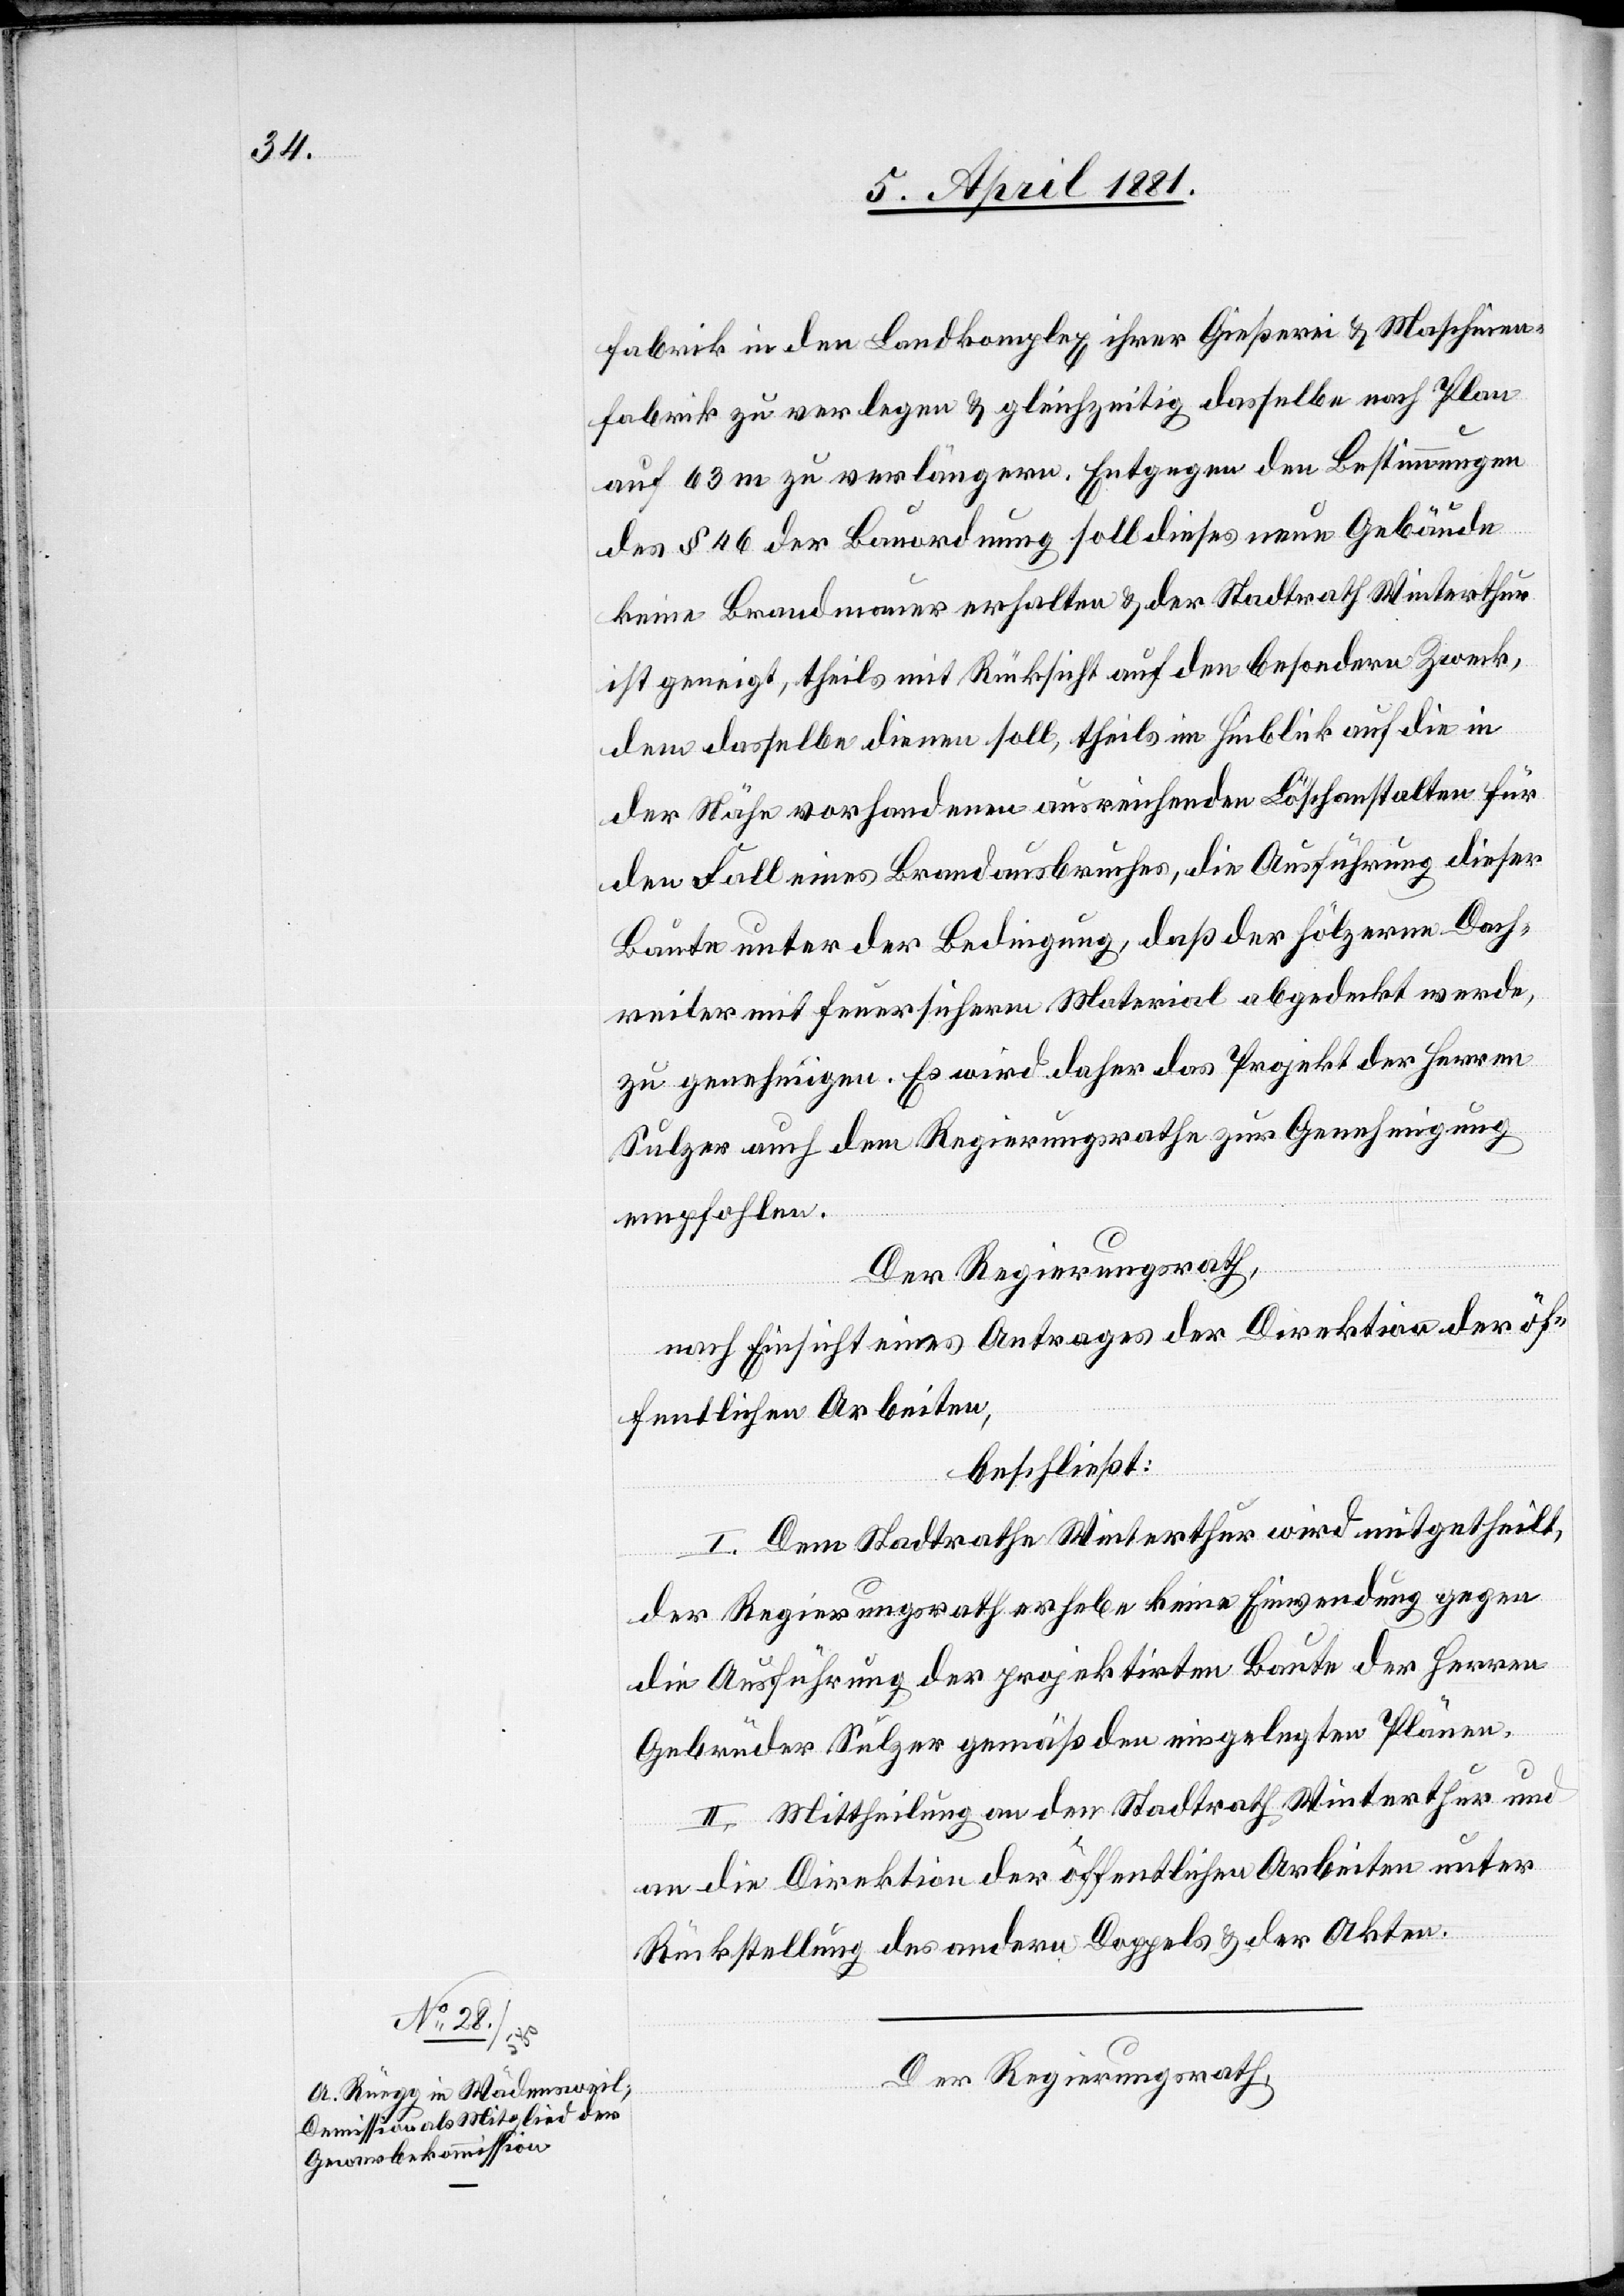
fabrik in den Landkomplex ihrer Gießerei & Maschinen¬
fabrik zu verlegen & gleichzeitig dasselbe nach Plan
auf 63 m zu verlängern. Entgegen den Bestimmungen
des § 46 der Bauordnung soll dieses neue Gebäude
keine Brandmauer erhalten & der Stadtrath Winterthur
ist geneigt, theils mit Rücksicht auf den besondern Zweck,
dem dasselbe dienen soll, theils im Hinblick auf die in
der Nähe vorhandenen ausreichenden Löschanstalten für
den Fall eines Brandausbruches, die Ausführung dieser
Baute unter der Bedingung, daß der hölzerne Dach¬
reiter mit feuersicherm Material abgedeckt werde,
zu genehmigen. Es wird daher das Projekt der Herren
Sulzer auch dem Regierungsrathe zur Genehmigung
empfohlen.
Der Regierungsrath,
nach Einsicht eines Antrages der Direktion der öf¬
fentlichen Arbeiten,
beschließt:
I. Dem Stadtrathe Winterthur wird mitgetheilt,
der Regierungsrath erhebe keine Einwendung gegen
die Ausführung der projektirten Baute der Herren
Gebrüder Sulzer gemäß den eingelegten Plänen.
II. Mittheilung an den Stadtrath Winterthur und
an die Direktion der öffentlichen Arbeiten unter
Rückstellung des andern Doppels & der Akten.
Der Regierungsrath,